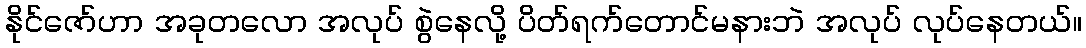
နိုင်ဇော်ဟာ အခုတလော အလုပ် စွဲနေလို့ ပိတ်ရက်တောင်မနားဘဲ အလုပ် လုပ်နေတယ်။